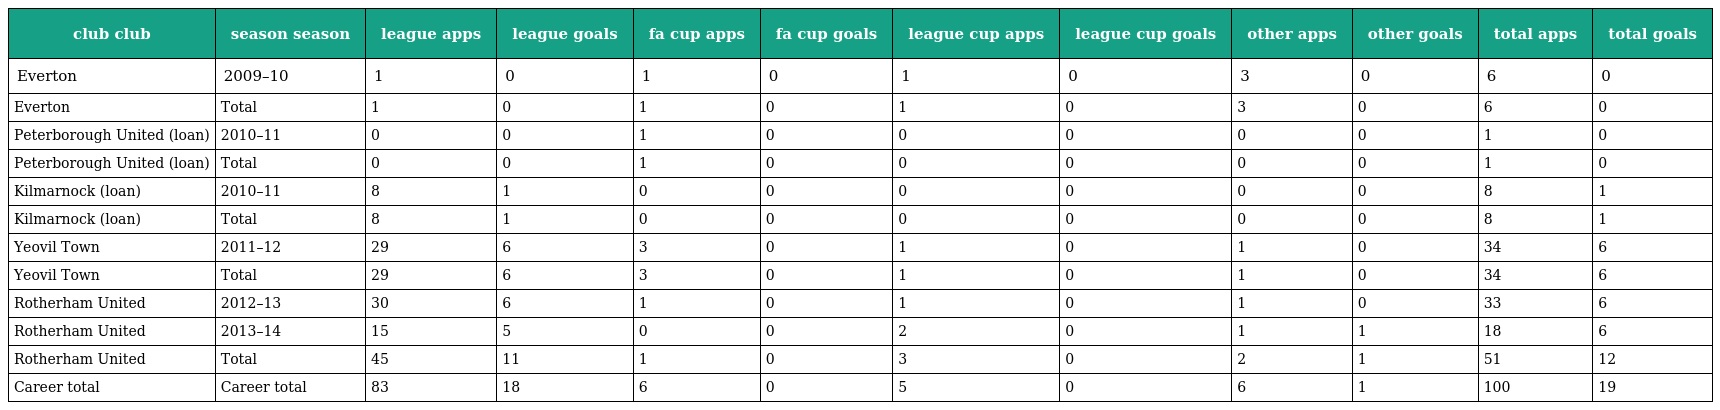
| club club | season season | league apps | league goals | fa cup apps | fa cup goals | league cup apps | league cup goals | other apps | other goals | total apps | total goals |
 | --- | --- | --- | --- | --- | --- | --- | --- | --- | --- | --- | --- |
 | Everton | 2009–10 | 1 | 0 | 1 | 0 | 1 | 0 | 3 | 0 | 6 | 0 |
 | Everton | Total | 1 | 0 | 1 | 0 | 1 | 0 | 3 | 0 | 6 | 0 |
 | Peterborough United (loan) | 2010–11 | 0 | 0 | 1 | 0 | 0 | 0 | 0 | 0 | 1 | 0 |
 | Peterborough United (loan) | Total | 0 | 0 | 1 | 0 | 0 | 0 | 0 | 0 | 1 | 0 |
 | Kilmarnock (loan) | 2010–11 | 8 | 1 | 0 | 0 | 0 | 0 | 0 | 0 | 8 | 1 |
 | Kilmarnock (loan) | Total | 8 | 1 | 0 | 0 | 0 | 0 | 0 | 0 | 8 | 1 |
 | Yeovil Town | 2011–12 | 29 | 6 | 3 | 0 | 1 | 0 | 1 | 0 | 34 | 6 |
 | Yeovil Town | Total | 29 | 6 | 3 | 0 | 1 | 0 | 1 | 0 | 34 | 6 |
 | Rotherham United | 2012–13 | 30 | 6 | 1 | 0 | 1 | 0 | 1 | 0 | 33 | 6 |
 | Rotherham United | 2013–14 | 15 | 5 | 0 | 0 | 2 | 0 | 1 | 1 | 18 | 6 |
 | Rotherham United | Total | 45 | 11 | 1 | 0 | 3 | 0 | 2 | 1 | 51 | 12 |
 | Career total | Career total | 83 | 18 | 6 | 0 | 5 | 0 | 6 | 1 | 100 | 19 |